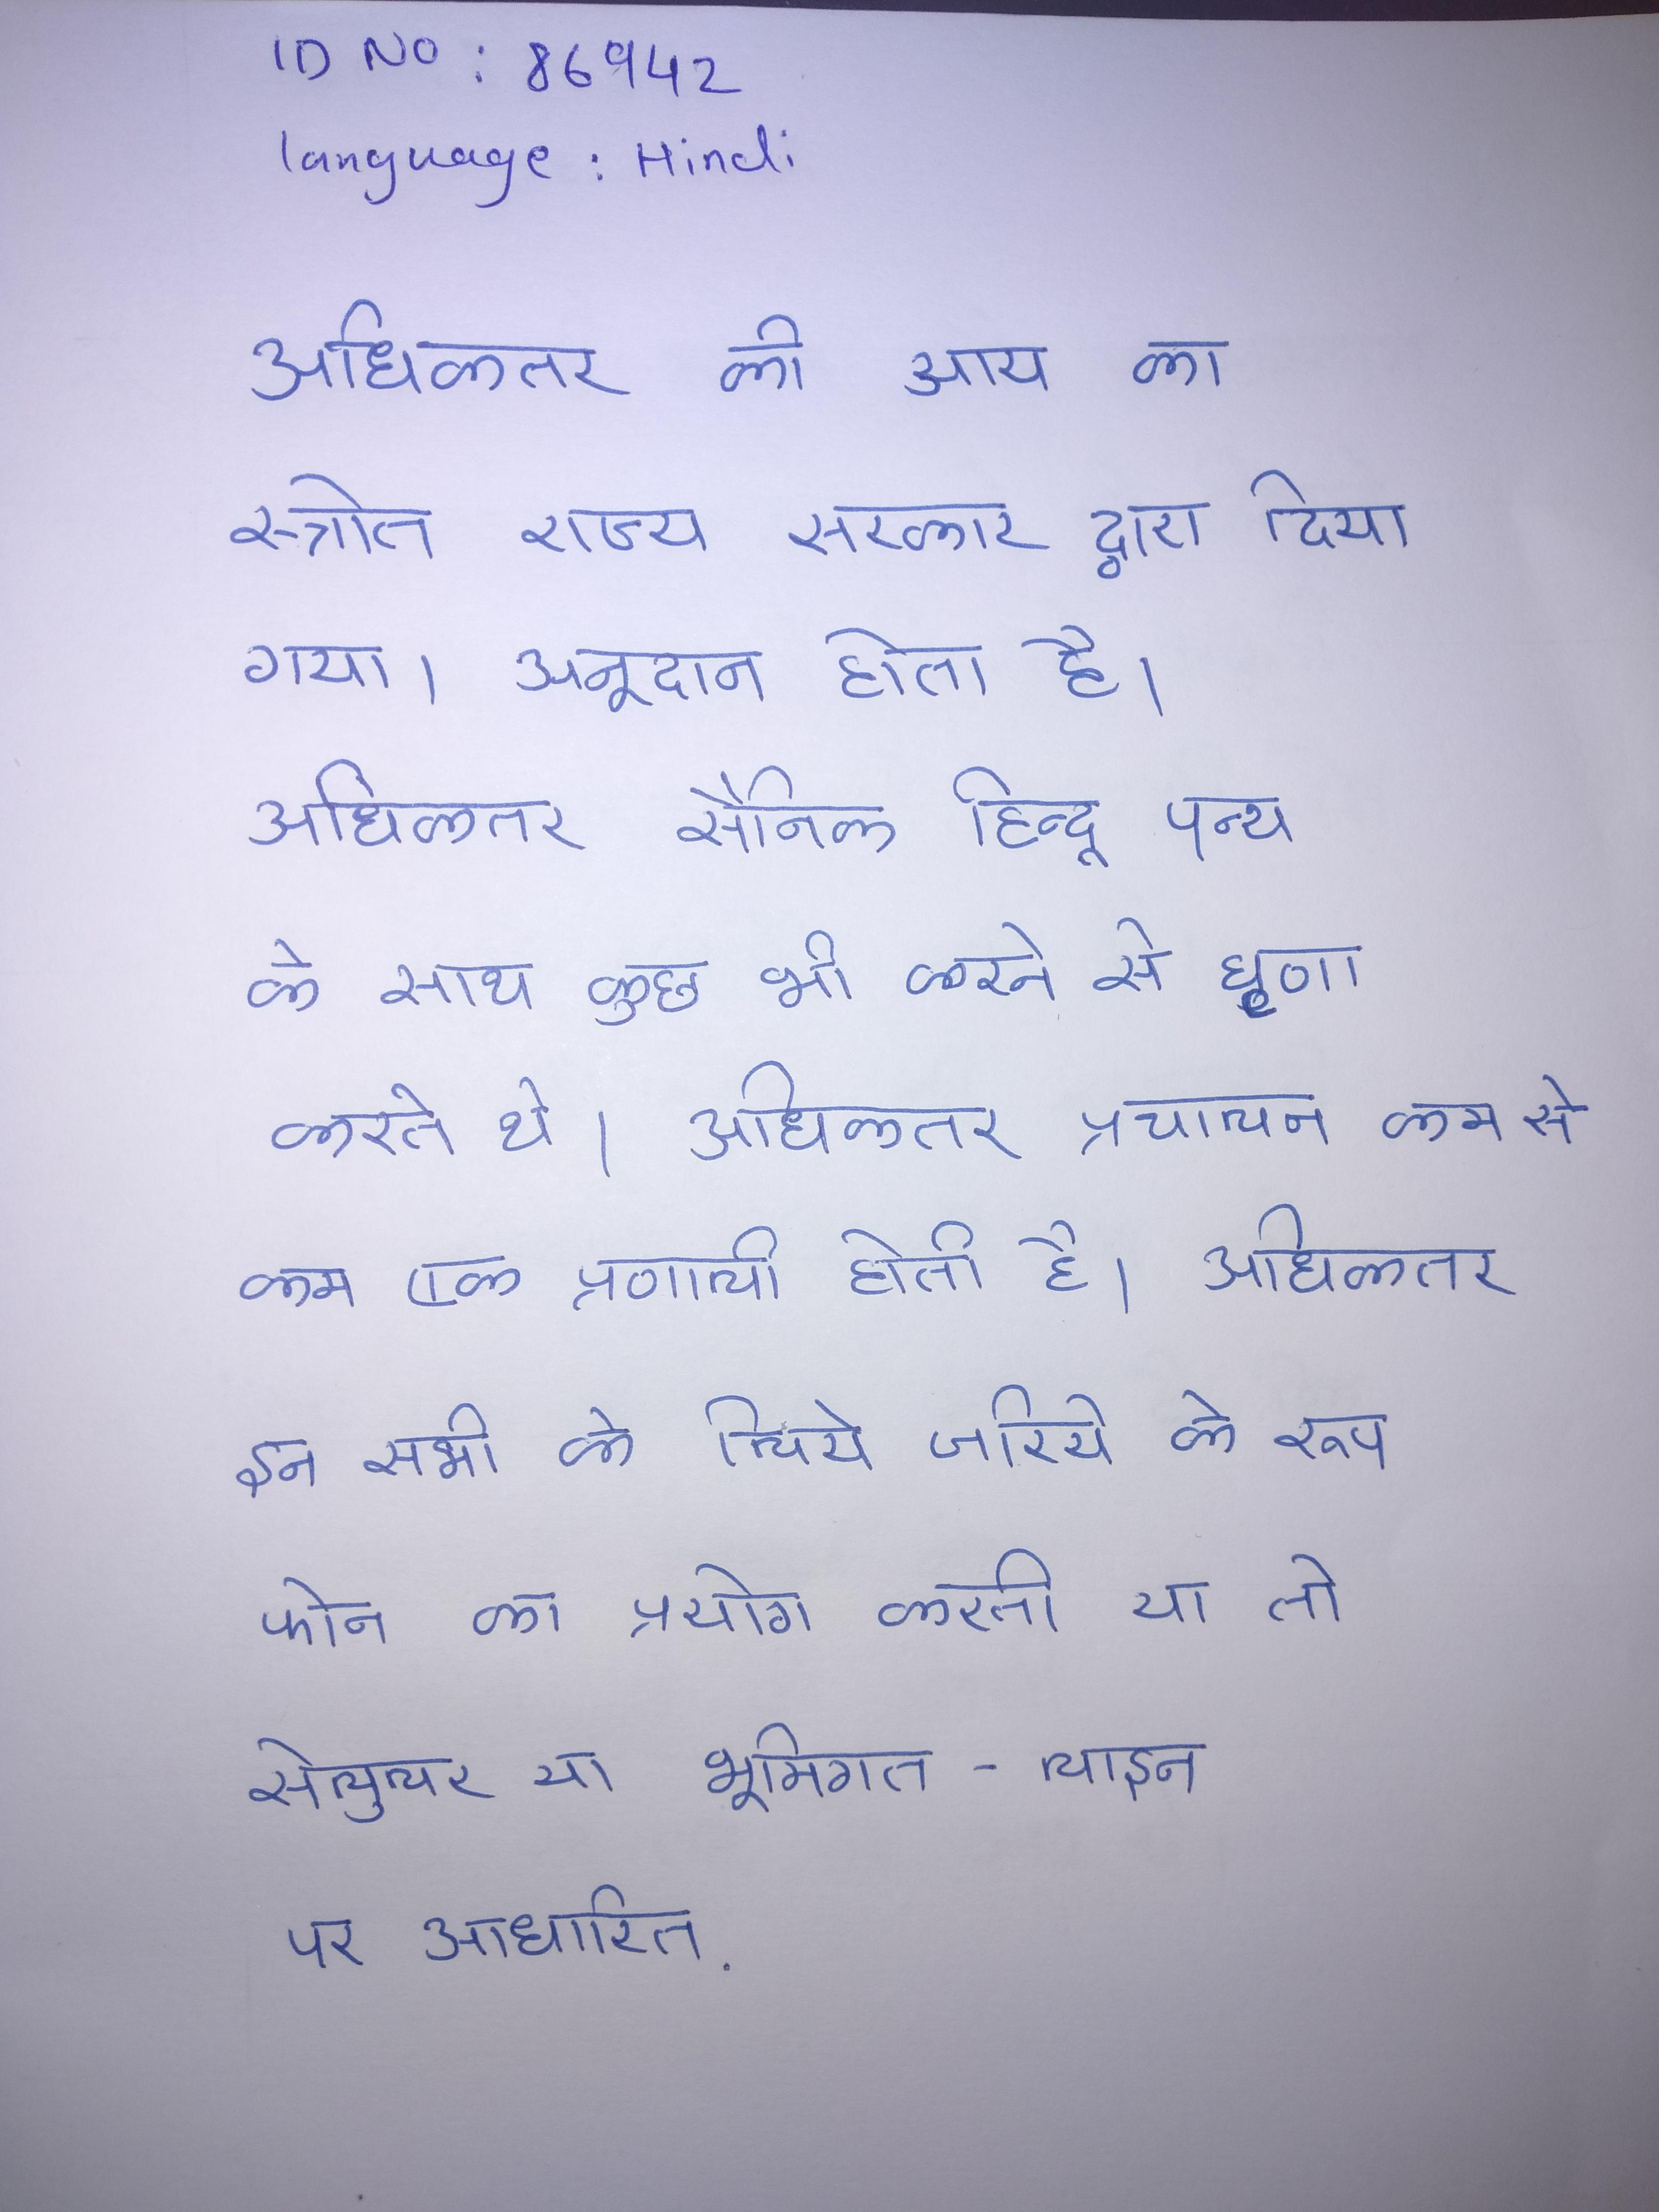
अधिकतर की आय का स्रोत राज्य सरकार द्वारा दिया गया अनुदान होता है । अधिकतर सैनिक हिन्दू पन्थ के साथ कुछ भी करने से घृणा करते थे । अधिकतर प्रचालन कम से कम एक प्रणाली होती है । अधिकतर इन सभी के लिये जरिये के रूप फोन का प्रयोग करती या तो सेलुलर या भूमिगत-लाइन पर आधारित .